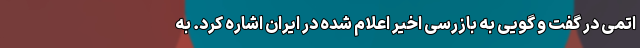
اتمی در گفت و گویی به بازرسی اخیر اعلام شده در ایران اشاره کرد. به